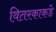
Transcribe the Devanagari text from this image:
वितरकाकडे